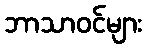
ဘာသာဝင်များ